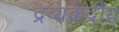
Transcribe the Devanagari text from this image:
द्रव्यकेंद्रीय